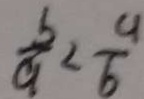
\frac { b } { a } < \frac { a } { b }